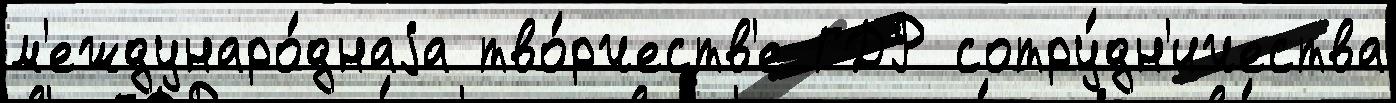
м'еждунаро́днаjа тво́рчеств'е ГДР сотру́дн'ичества